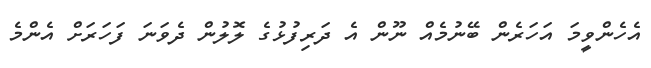
އެހެންވީމަ އަހަރެން ބޭނުމެއް ނޫން އެ ދަރިފުޅުގެ ލޮލުން ދެވަނަ ފަހަރަށް އެންމެ